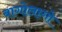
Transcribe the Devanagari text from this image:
बागोलागो